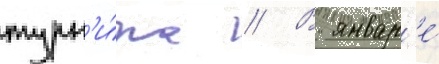
турн'и́ра // В январ'е́